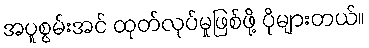
အပူစွမ်းအင် ထုတ်လုပ်မှုဖြစ်ဖို့ ပိုများတယ်။